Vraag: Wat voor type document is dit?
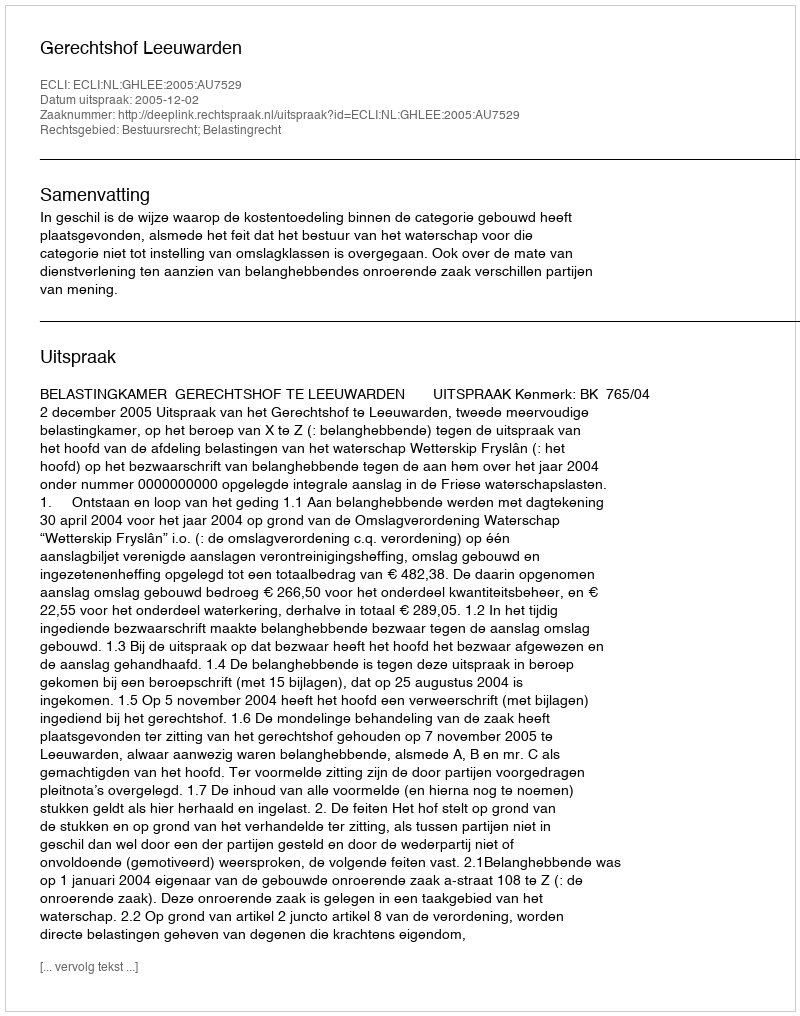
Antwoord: Uitspraak